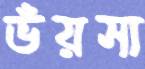
ভঁয়সা